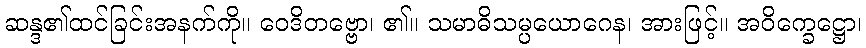
ဆန္ဒ၏ထင်ခြင်းအနက်ကို။ ဝေဒိတဗ္ဗော၊ ၏။ သမာဓိသမ္ပယောဂေန၊ အားဖြင့်။ အဝိက္ခေဋ္ဌော၊